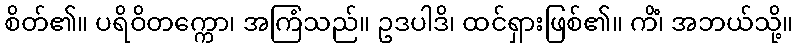
စိတ်၏။ ပရိဝိတက္ကော၊ အကြံသည်။ ဥဒပါဒိ၊ ထင်ရှားဖြစ်၏။ ကိံ၊ အဘယ်သို့။